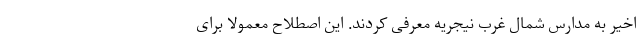
اخیر به مدارس شمال غرب نیجریه معرفی کردند. این اصطلاح معمولا برای